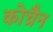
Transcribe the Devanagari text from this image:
कोच्रैन